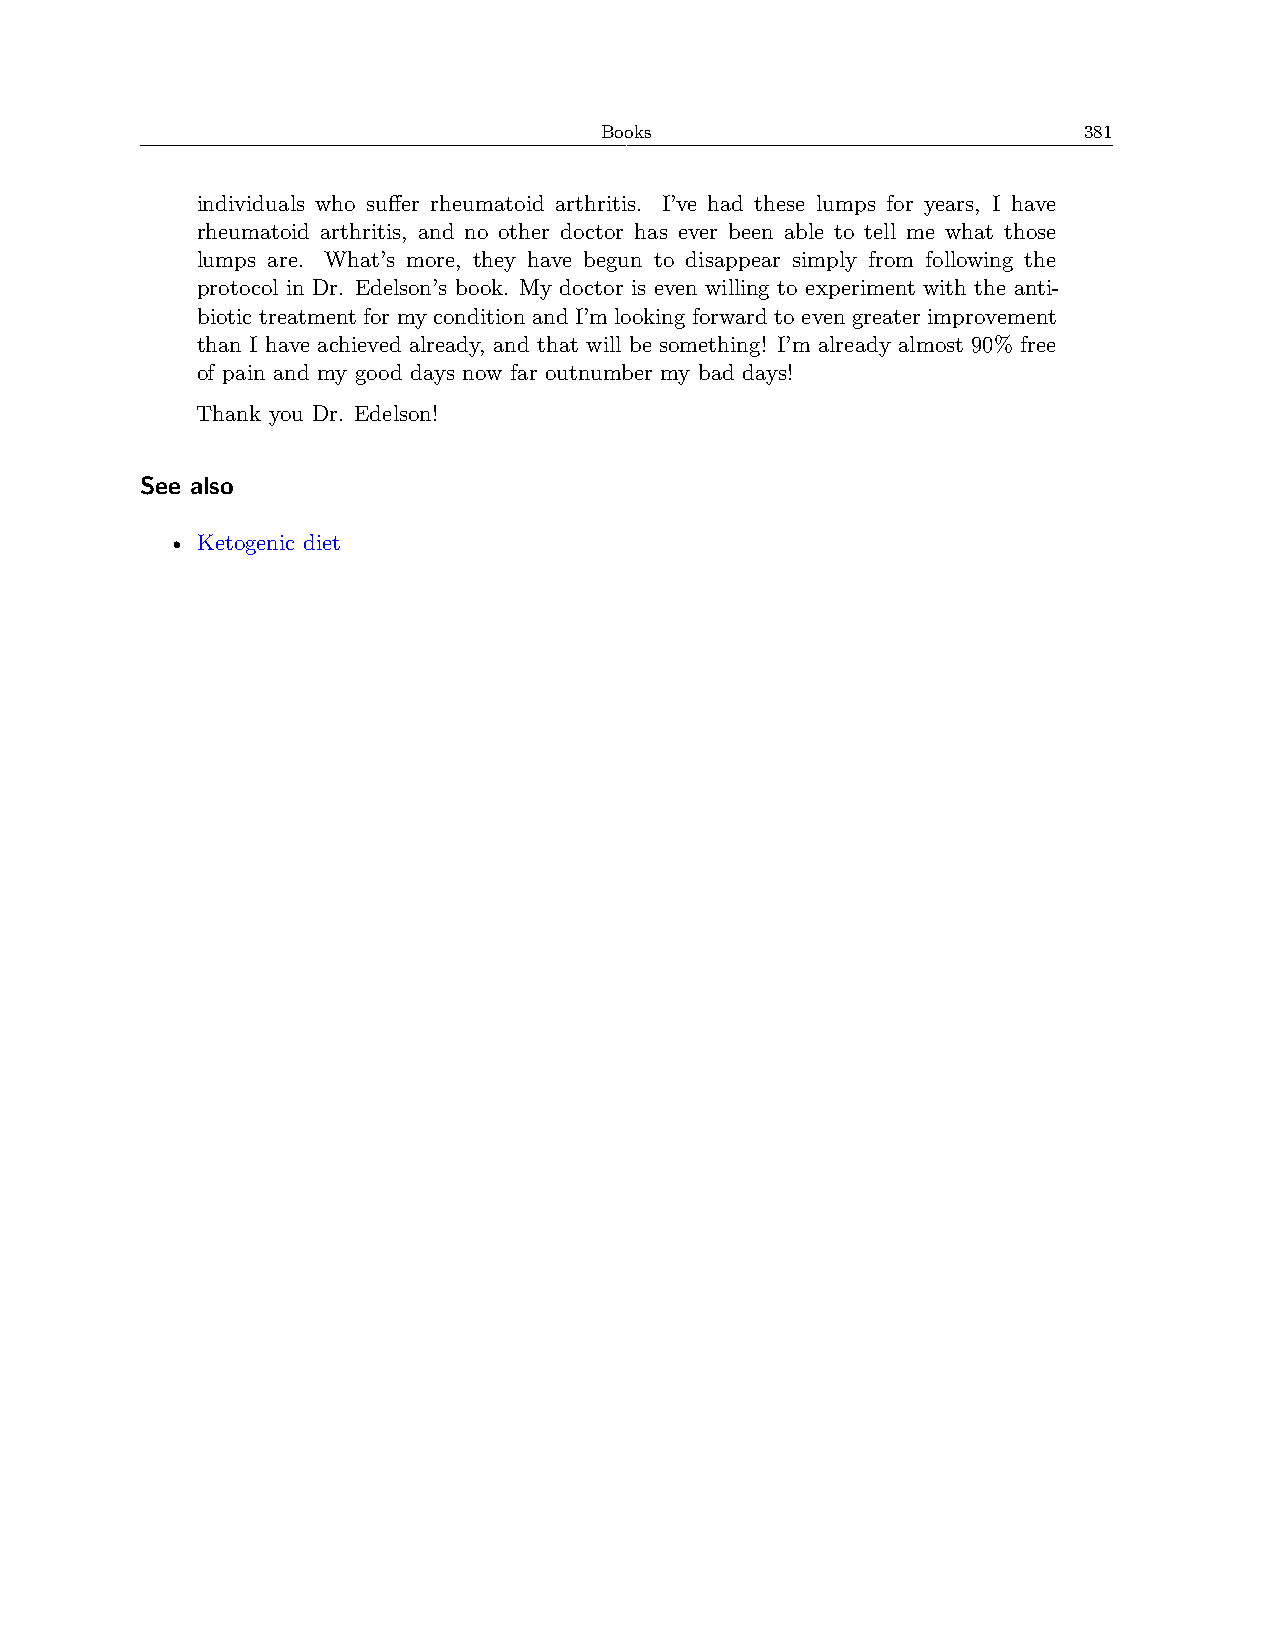
Books                           381
 individuals who suffer rheumatoid arthritis. I’ve had these lumps for years, I have
 rheumatoid arthritis, and no other doctor has ever been able to tell me what those
 lumps are. What’s more, they have begun to disappear simply from following the
 protocol in Dr. Edelson’s book. My doctor is even willing to experiment with the anti-
 biotic treatment for my condition and I’m looking forward to even greater improvement
 than I have achieved already, and that will be something! I’m already almost 90% free
 of pain and my good days now far outnumber my bad days!
 Thank you Dr. Edelson!
 See also
 • Ketogenic diet